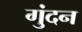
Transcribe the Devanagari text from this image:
गुंदन